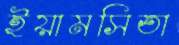
ইয়ামসিতা